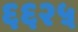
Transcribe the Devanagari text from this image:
६६२५